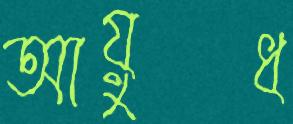
আয়ুধ